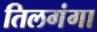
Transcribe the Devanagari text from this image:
तिलगंगा